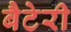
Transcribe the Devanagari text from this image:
बैटेरी